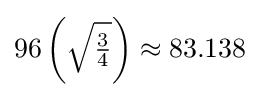
96\left({\sqrt {\tfrac {3}{4}}}\right)\approx 83.138